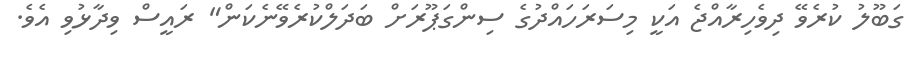
ގަބޫލު ކުރެވޭ ދިވެހިރާއްޖެ އަކީ މިސަރަހައްދުގެ ސިންގަޕޫރަށް ބަދަލްކުރެވޭނެކަން" ރައީސް ވިދާޅުވި އެވެ.